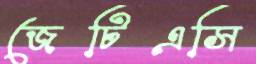
জেটিএসি